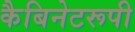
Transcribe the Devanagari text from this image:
कैबिनेटरूपी